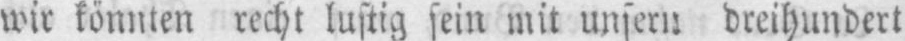
wir könnten recht luftig sein mit unsern dreihundert